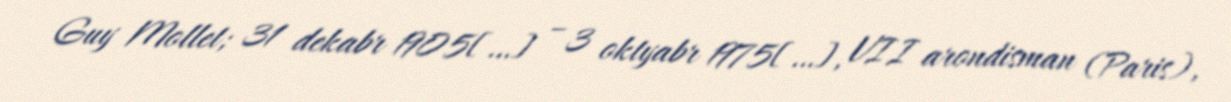
Guy Mollet; 31 dekabr 1905[…] – 3 oktyabr 1975[…], VII arondisman (Paris),